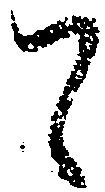
ハ